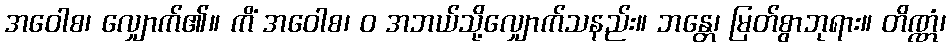
အဝေါစ၊ လျှောက်၏။ ကိံ အဝေါစ၊ ဝ အဘယ်သို့လျှောက်သနည်း။ ဘန္တေ၊ မြတ်စွာဘုရား။ တိဏ္ဏံ၊